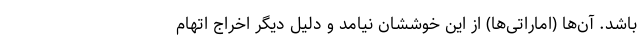
باشد. آن‌ها (اماراتی‌ها) از این خوششان نیامد و دلیل دیگر اخراج اتهام